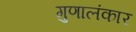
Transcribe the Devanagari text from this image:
गुणालंकार